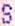
S